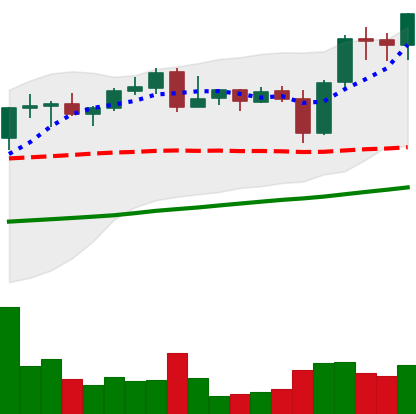
Ticker: BNB-USD
Chart end date: 2021-11-01
Forward return: 15.394%
Label: up_7plus